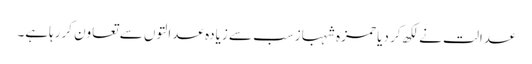
عدالت نے لکھ کر دیا حمزہ شہبازسب سے زیادہ عدالتوں سے تعاون کررہاہے۔